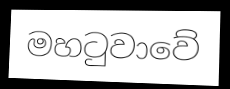
මහටුවාවේ